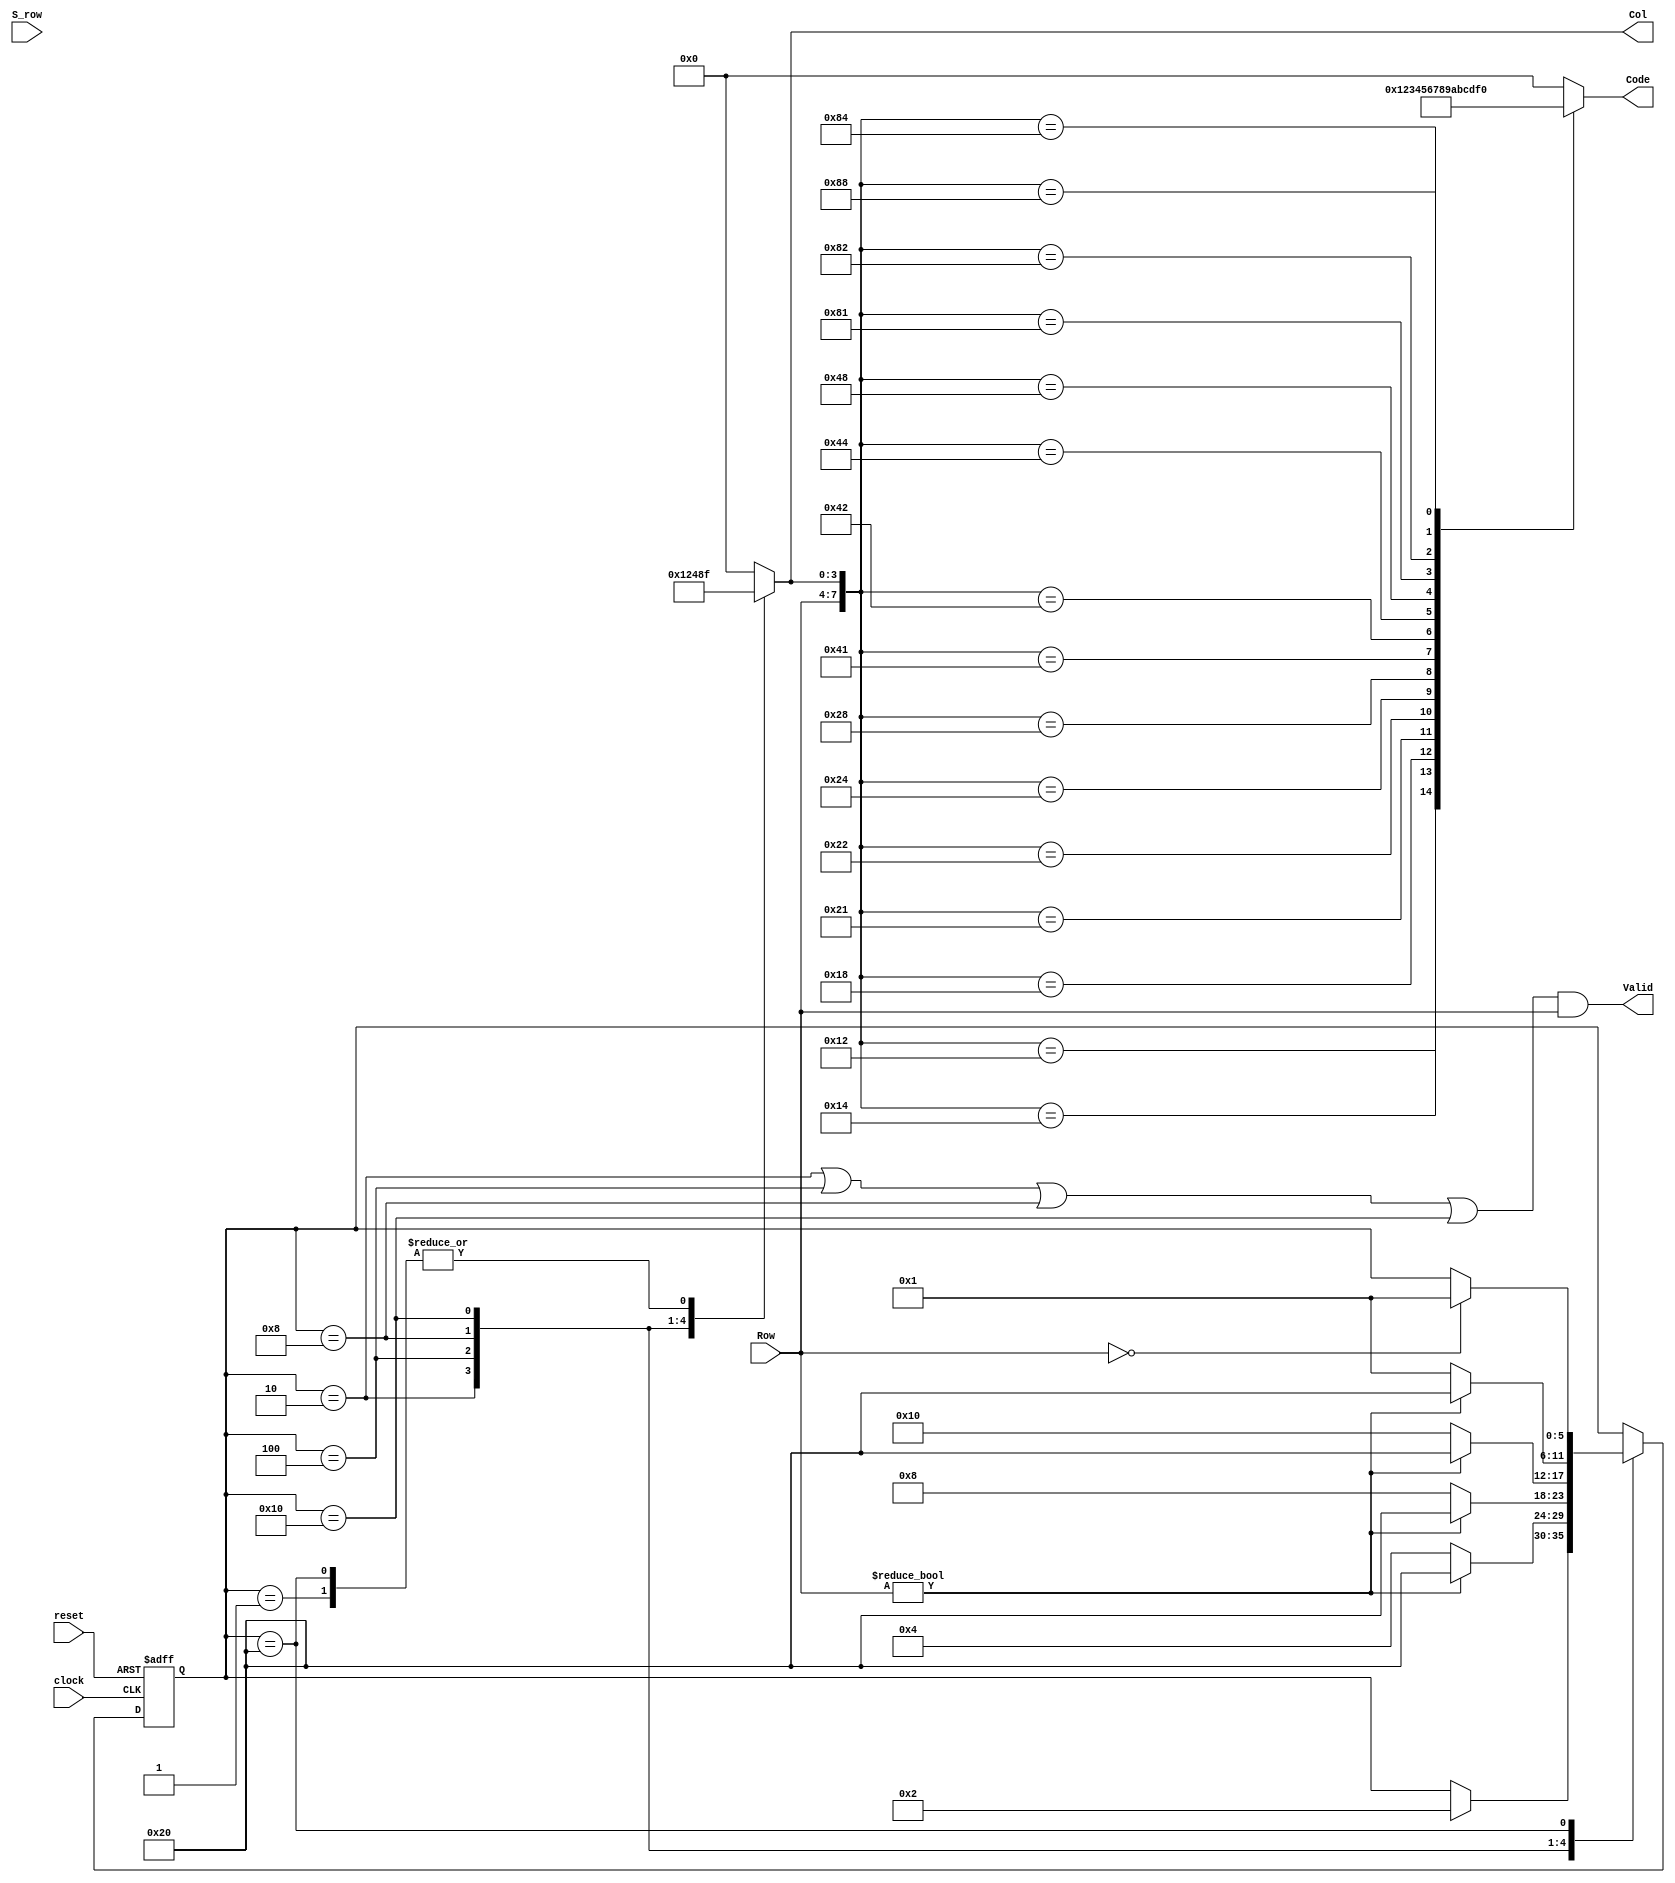
module hex_keypad(
    input [3:0] Row,
    input S_row,
    input clock,
    input reset,
    output reg [3:0] Code,
    output Valid,
    output reg[3:0] Col
);

reg[5:0] state, next_state;

parameter S_0 = 6'b000001, S_1 = 6'b000010, S_2 = 6'b000100;
    parameter S_3 = 6'b001000, S_4 = 6'b010000, S_5 = 6'b100000;
    assign Valid = ((state == S_1) || (state == S_2) || (state == S_3) || (state == S_4)) && Row;
    always @ (Row or Col)
    case ({Row, Col})
        8'b0001_0001: Code = 0; 
        8'b0001_0010: Code = 1;
        8'b0001_0100: Code = 2; 
        8'b0001_1000: Code = 3;
        8'b0010_0001: Code = 4; 
        8'b0010_0010: Code = 5;
        8'b0010_0100: Code = 6;
        8'b0010_1000: Code = 7;
        8'b0100_0001: Code = 8;
        8'b0100_0010: Code = 9;
        8'b0100_0100: Code = 10;        
        8'b0100_1000: Code = 11;        
        8'b1000_0001: Code = 12;        
        8'b1000_0010: Code = 13;        
        8'b1000_0100: Code = 14;        
        8'b1000_1000: Code = 15;        
        default: Code = 0;                     
    endcase
always @(posedge clock or posedge reset)
    if (reset) state <= S_0;
    else state <= next_state;
    always @(state or S_Row or Row)                 // Next-state logic
        begin next_state = state; Col = 0;
            case (state)
                //Asserting all columns
                S_0: begin Col = 15; if (S_Row) next_state = S_1; end
                //Asserting column 0
                S_1: begin Col = 1; if (Row) next_state = S_5; else next_state = S_2; end
                //Asserting column 1
                S_2: begin Col = 2; if (Row) next_state = S_5; else next_state = S_3; end
                // Asserting column 2
                S_3: begin Col = 4; if (Row) next_state = S_5; else next_state= S_4; end
            // Asserting column 3
                S_4: begin Col = 8; if (Row) next_state = S_5; else next_state = S_0; end
                // Asserting  all rows
                S_5: begin Col = 15; if (Row ==0) next_state = S_0; end
            endcase
        end
endmodule